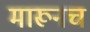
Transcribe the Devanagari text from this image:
मारूनच